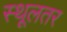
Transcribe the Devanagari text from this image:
स्थूलतर